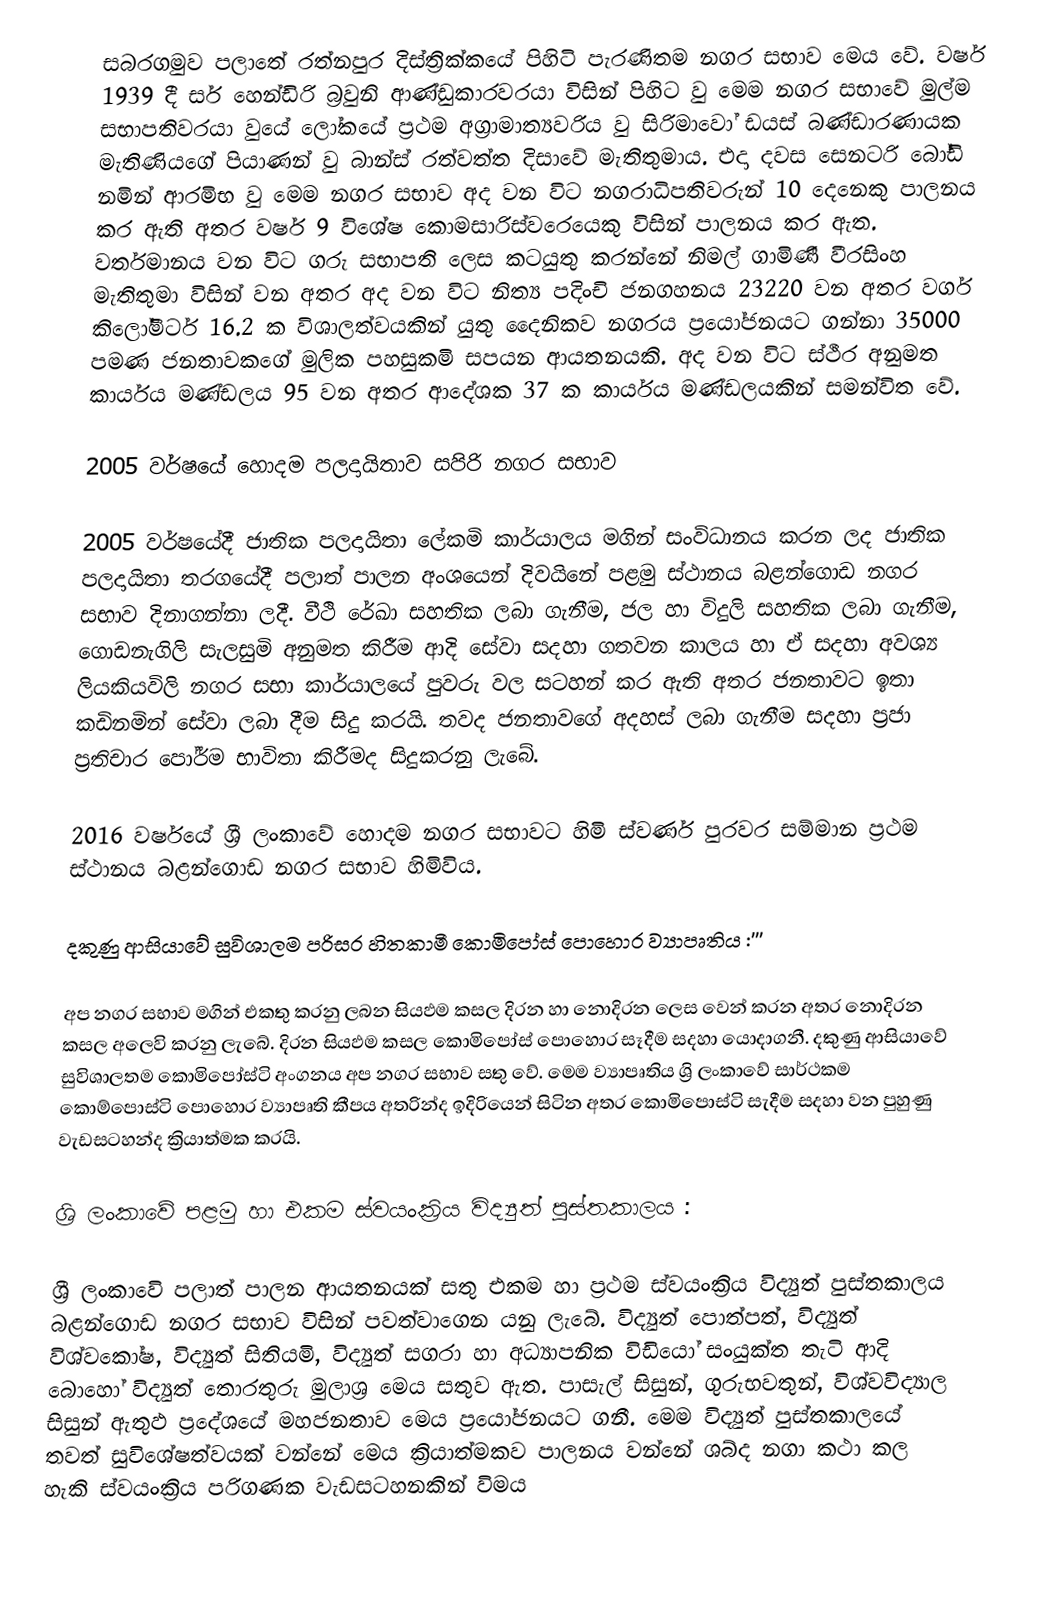
සබරගමුව පලාතේ රත්නපුර දිස්ත්‍රික්කයේ පිහිටි පැරණිතම නගර සභාව මෙය වේ. වර්ෂ 1939 දී සර් හෙන්ඩිරි බ්‍රවුනි ආණ්ඩුකාරවරයා විසින් පිහිට වු මෙම නගර සභාවේ මුල්ම සභාපතිවරයා වුයේ ලෝකයේ ප්‍රථම අග්‍රාමාත්‍යවරිය වු සිරිමාවෝ ඩයස් බණ්ඩාරණායක මැතිණියගේ පියාණන් වු බාන්ස් රත්වත්ත දිසා‍වේ මැතිතුමාය. එදා දවස සෙනටරි බෝඩි නමින් ආරමිභ වු මෙම නගර සභාව අද වන විට නගරාධිපතිවරුන් 10 දෙනෙකු පාලනය කර ඇති අතර වර්ෂ 9 විශේෂ කොමසාරිස්වරෙයෙකු විසින් පාලනය කර ඇත. වර්තමානය වන විට ගරු සභාපති ලෙස කටයුතු කරන්නේ නිමල් ගාමිණී වීරසිංහ මැතිතුමා විසින් වන අතර අද වන විට නිත්‍ය පදිංචි ජනගහනය 23220 වන අතර වර්ග කිලෝමීටර් 16.2 ක විශාලත්වයකින් යුතු දෛනිකව නගරය ප්‍රයෝජනයට ගන්නා 35000 පමණ ජනතාවකගේ මුලික පහසුකමි සපයන ආයතනයකි. අද වන විට ස්ථීර අනුමත කාර්යය මණ්ඩලය 95 වන අතර ආදේශක 37 ක කාර්යය මණ්ඩලයකින් සමන්විත වේ.

2005 වර්ෂයේ හොදම පලදායිතාව සපිරි නගර සභාව

2005 වර්ෂයේදී ජාතික පලදායිතා ලේකමි කාර්යාලය මගින් සංවිධානය කරන ලද ජාතික පලදායිතා තරගයේදී පලාත් පාලන අංශයෙන් දිවයිනේ පළමු ස්ථානය බළන්ගොඩ නගර සභාව දිනාගන්නා ලදී. වීථි රේඛා සහතික ලබා ගැනීම, ජල හා විදුලි සහතික ලබා ගැනීම, ගොඩනැගිලි සැලසුමි අනුමත කිරීම ආදි සේවා සදහා ගතවන කාලය හා ඒ සදහා අවශ්‍ය ලියකියවිලි නගර සභා කාර්යාලයේ පුවරු වල සටහන් කර ඇති අතර ජනතාවට ඉතා කඩිනමින් සේවා ලබා දීම සිදු කරයි. තවද ජනතාවගේ අදහස් ලබා ගැනීම සදහා ප්‍රජා ප්‍රතිචාර පෝර්ම භාවිතා කිරීමද සිදුකරනු ලැබේ.

2016 වර්ෂයේ ශ්‍රී ලංකාවේ හොදම නගර සභාවට හිමි ස්වර්ණ පුරවර සම්මාන ප්‍රථම ස්ථානය බළන්ගොඩ නගර සභාව හිමිවිය.

දකුණු ආසියාවේ සුවිශාලම පරිසර හිතකාමී කොමිපෝස් පොහොර ව්‍යාපෘතිය :'''

අප නගර සභාව මගින් එකතු කරනු ලබන සියඵම කසල දිරන හා නොදිරන ලෙස වෙන් කරන අතර නොදිරන කසල අලෙවි කරනු ලැබේ. දිරන සියඵම කසල කොමිපෝස් පොහොර සෑදීම සදහා යොදාගනී. දකුණු ආසියාවේ සුවිශාලතම කොමිපෝස්ටි අංගනය අප නගර සභාව සතු වේ. මෙම ව්‍යාපෘතිය ශ්‍රි ලංකාවේ සාර්ථකම කොම්පොස්ටි පොහොර ව්‍යාපෘති කීපය අතරින්ද ඉදිරියෙන් සිටින අතර කොමිපොස්ටි සැදීම සදහා වන පුහුණු වැඩසටහන්ද ක්‍රියාත්මක කරයි.

ශ්‍රි ලංකාවේ පළමු හා එකම ස්වයංක්‍රිය විද්‍යුත් පුස්තකාලය :

ශ්‍රී ලංකාවෙි පලාත් පාලන ආයතනයක් සතු එකම හා ප්‍රථම ස්වයංක්‍රිය විද්‍යුත් පුස්තකාලය බළන්ගොඩ නගර සභාව විසින් පවත්වාගෙන යනු ලැබේ. විද්‍යුත් පොත්පත්, විද්‍යුත් විශ්වකෝෂ, විද්‍යුත් සිතියමි, විද්‍යුත් සගරා හා අධ්‍යාපනික විඩියෝ සංයුක්ත තැටි ආදි බොහෝ විද්‍යුත් තොරතුරු මුලාශ්‍ර මෙය සතුව ඇත. පාසැල් සිසුන්, ගුරුභවතුන්, විශ්වවිද්‍යාල සිසුන් ඇතුඵ ප්‍රදේශයේ මහජනතාව මෙය ප්‍රයෝජනයට ගනී. මෙම විද්‍යුත් පුස්තකාලයේ තවත් සුවිශේෂත්වයක් වන්නේ මෙය ක්‍රියාත්මකව පාලනය වන්නේ ශබ්ද නගා කථා කල හැකි ස්වයංක්‍රිය පරිගණක වැඩසටහනකින් විමය